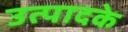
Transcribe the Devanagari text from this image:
उत्पादके